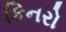
કિનરો